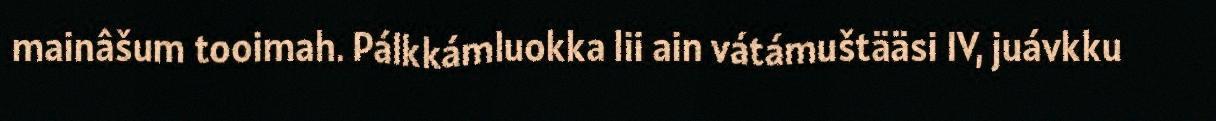
mainâšum tooimah. Pálkkámluokka lii ain vátámuštääsi IV, juávkku